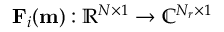
\mathbf { F } _ { i } ( \mathbf { m } ) : { \mathbb { R } } ^ { N \times 1 } \to { \mathbb { C } } ^ { N _ { r } \times 1 }